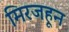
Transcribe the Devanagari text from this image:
मिरजहून